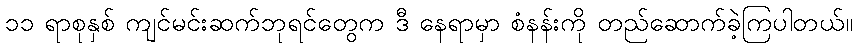
၁၁ ရာစုနှစ် ကျင်မင်းဆက်ဘုရင်တွေက ဒီ နေရာမှာ စံနန်းကို တည်ဆောက်ခဲ့ကြပါတယ်။